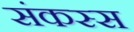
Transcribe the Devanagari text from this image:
संकस्स